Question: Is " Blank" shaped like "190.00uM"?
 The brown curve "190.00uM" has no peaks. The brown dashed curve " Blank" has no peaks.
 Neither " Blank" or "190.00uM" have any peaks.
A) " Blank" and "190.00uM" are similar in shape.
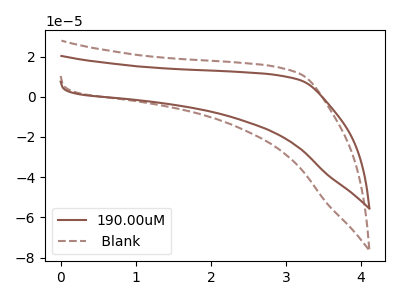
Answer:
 <answer>A) " Blank" and "190.00uM" are similar in shape.</answer>
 <eval>A</eval>